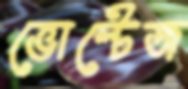
ভোল্টেজ